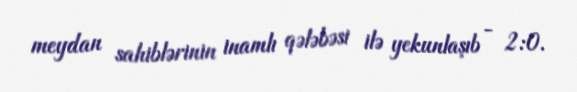
meydan sahiblərinin inamlı qələbəsi ilə yekunlaşıb - 2:0.